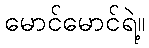
မောင်မောင်ရဲ့။